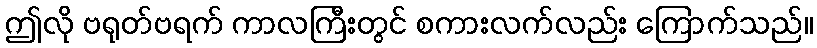
ဤလို ဗရုတ်ဗရက် ကာလကြီးတွင် စကားလက်လည်း ကြောက်သည်။